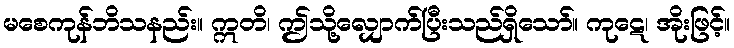
မစေကုန်ဘိသနည်း။ ဣတိ၊ ဤသို့လျှောက်ပြီးသည်ရှိသော်။ ကုဋေ၊ အိုးဖြင့်။